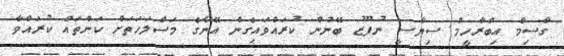
ގާސިމް އިބްރާހީމް ސިޔާސީ ނުފޫޒު ބޭނުން ކުރައްވައިގެން އޭނާގެ މަސްލަހަތަށް ކަންތައް ކުރައްވާ